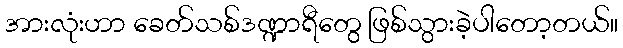
အားလုံးဟာ ခေတ်သစ်ဒဏ္ဍာရီတွေ ဖြစ်သွားခဲ့ပါတော့တယ်။